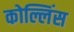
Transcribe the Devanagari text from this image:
कोल्लिंस